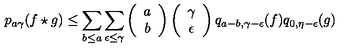
p _ { a \gamma } ( f \star g ) \leq \sum _ { b \leq a } \sum _ { \epsilon \leq \gamma } \left( \begin{array} { c } { a } \\ { b } \\ \end{array} \right) \left( \begin{array} { c } { \gamma } \\ { \epsilon } \\ \end{array} \right) q _ { a - b , \gamma - \epsilon } ( f ) q _ { 0 , \eta - \epsilon } ( g )